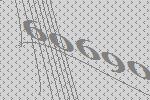
60690